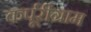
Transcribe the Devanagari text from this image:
कर्पूरीग्राम